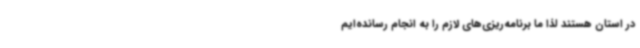
در استان هستند لذا ما برنامه‌ریزی‌های لازم را به انجام رسانده‌ایم